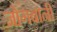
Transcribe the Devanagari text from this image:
जोगबानी